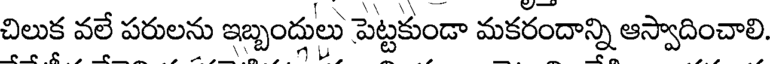
చిలుక వలే పరులను ఇబ్బంద్లులు పెట్టకుండా మకరందాన్ని ఆస్వాదించాలి.